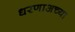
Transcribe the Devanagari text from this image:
धरणाअच्या